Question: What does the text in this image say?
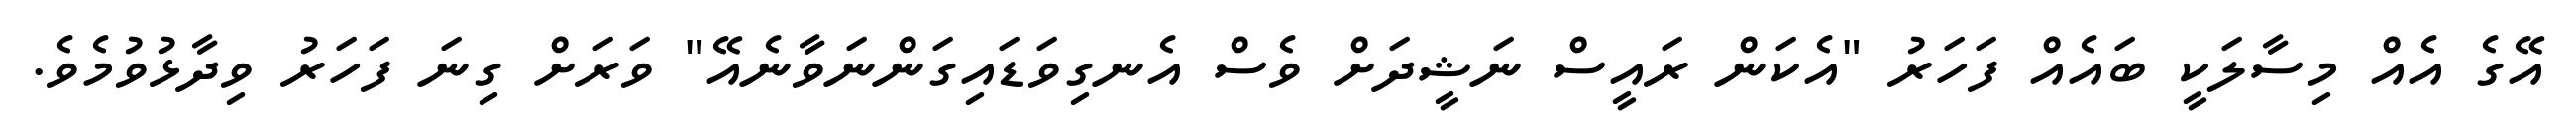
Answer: އޭގެ އެއް މިސާލަކީ ބައެއް ފަހަރު "އެކަން ރައީސް ނަޝީދަށް ވެސް އެނގިވަޑައިގަންނަވާނެއޭ" ވަރަށް ގިނަ ފަހަރު ވިދާޅުވުމެވެ.